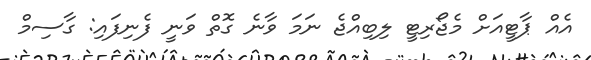
އެއް ޕާޓީއަށް މެޖޯރިޓީ ލިބިއްޖެ ނަމަ ވާނެ ގޮތް ވަނީ ފެނިފައި: ގާސިމް